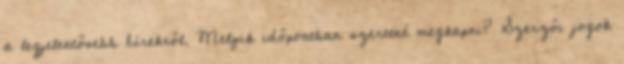
a legjelentősebb hírekről. Melyik időpontban szeretné megkapni? Szerzői jogok